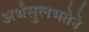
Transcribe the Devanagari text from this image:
अर्थसुलभतेने